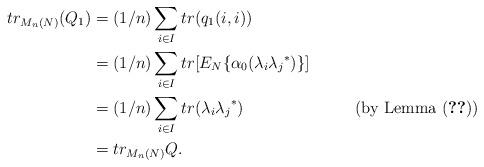
LaTeX: \begin{align*} tr_{M_n(N)}(Q_1) &= (1/n)\sum_{i\in I}tr(q_1(i,i))\\ & = (1/n)\sum_{i\in I}tr[E_N\{\alpha_0(\lambda_i{\lambda_j}^*)\}]\\ & = (1/n)\sum_{i\in I} tr (\lambda_i {\lambda_j}^*) & ~~{\rm (by ~Lemma~ (\ref{kod})})\\ & = tr_{M_n(N)}Q. \end{align*}